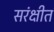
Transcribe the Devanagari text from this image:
सरंक्षीत